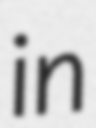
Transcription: in